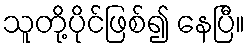
သူတို့ပိုင်ဖြစ်၍ နေပြီ။